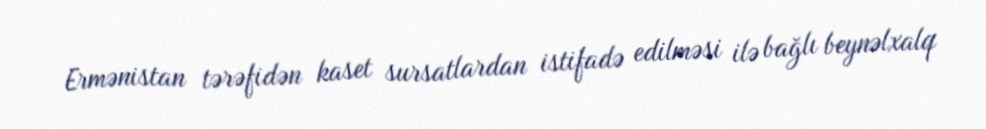
Ermənistan tərəfidən kaset sursatlardan istifadə edilməsi ilə bağlı beynəlxalq